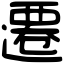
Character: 遷